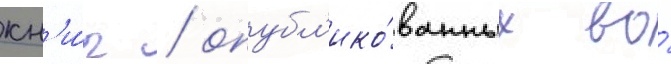
кн'и́г / опубл'ико́ванных во́